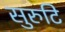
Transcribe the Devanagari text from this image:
सुरुटि